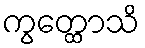
ကွတ္ထောသိ